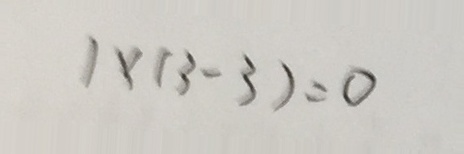
1 \times ( 3 - 3 ) = 0